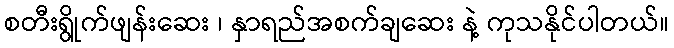
စတီးရွိုက်ဖျန်းဆေး ၊ နှာရည်အစက်ချဆေး နဲ့ ကုသနိုင်ပါတယ်။